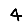
Digit: 4